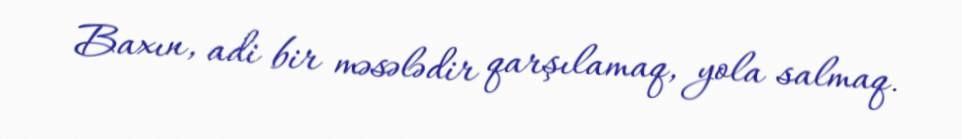
Baxın, adi bir məsələdir qarşılamaq, yola salmaq.